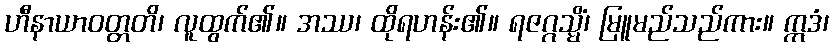
ဟီနာယာဝတ္တတိ၊ လူထွက်၏။ အဿ၊ ထိုရဟန်း၏။ ရဇဂ္ဂသ္မိံ၊ မြူမည်သည်ကား။ ဣဒံ၊